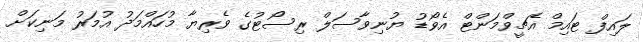
ލައިފް ޓައިމް އެޗީވްމަންޓް އެވޯޑު ޔުނިވާސަލް ރިސޯޓުގެ ވެރިޔާ މުހައްމަދު އުމަރު މަނިކަށް